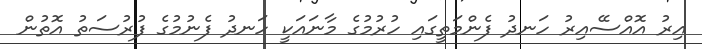
އިރު އޮއްސޭއިރު ހަނދު ފެންމަތީގައި ހުރުމުގެ މާނައަކީ ހަނދު ފެނުމުގެ ފުރުސަތު އޮތުން